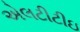
એલટીટીઇ